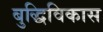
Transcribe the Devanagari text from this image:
बुद्धिविकास